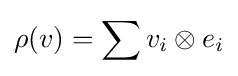
\rho (v)=\sum v_{i}\otimes e_{i}